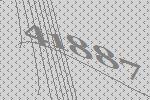
41887